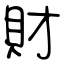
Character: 財